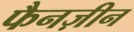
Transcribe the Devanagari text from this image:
फैनज़ीन